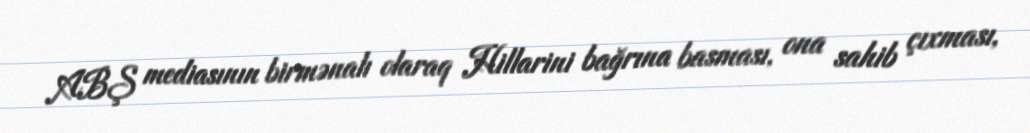
ABŞ mediasının birmənalı olaraq Hillarini bağrına basması, ona sahib çıxması,